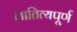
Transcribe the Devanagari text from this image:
लातित्यपूर्ण